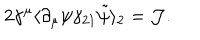
2 \gamma ^ { \mu } \langle \partial _ { \mu } \psi \gamma _ { 2 1 } \tilde { \psi } \rangle _ { 2 } = { \cal J } .